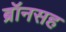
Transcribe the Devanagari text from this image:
ब्रॉनसह